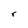
Character: r